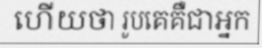
ហើយថា រូបគេគឺជាអ្នក